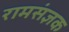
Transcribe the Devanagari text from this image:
रामसंज्ञक